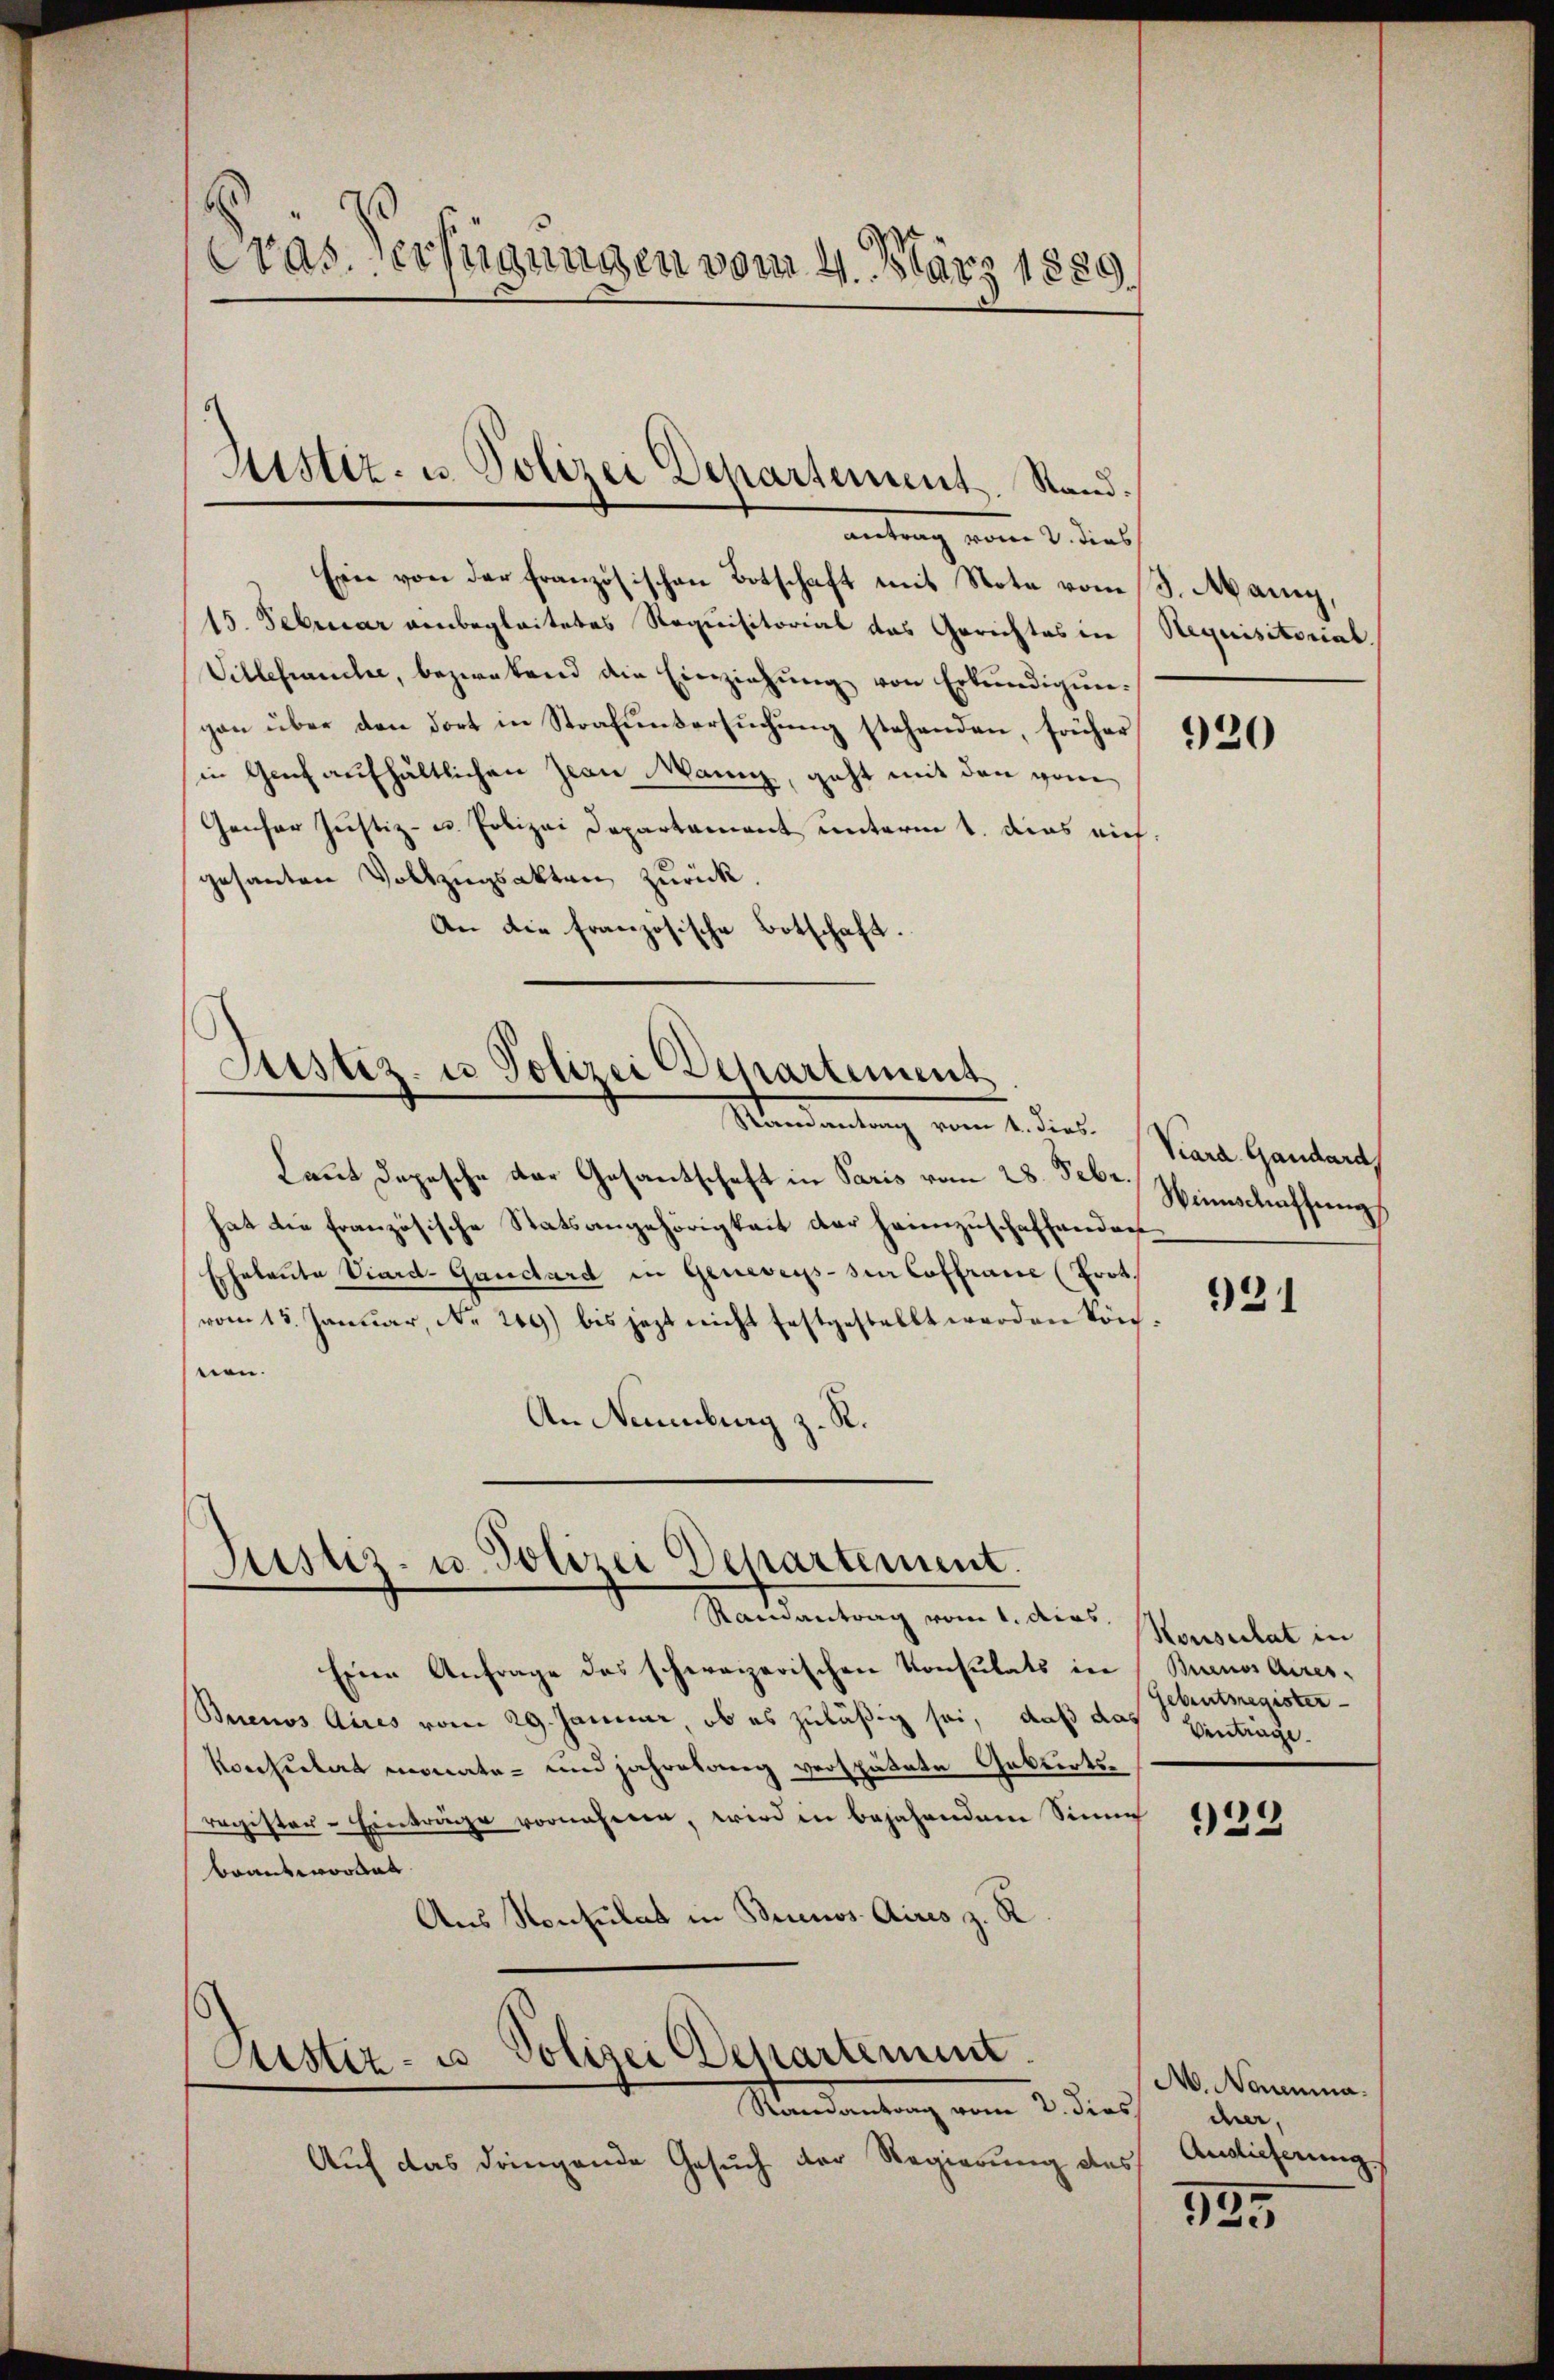
Gras verfügungen vom 4. März 1889

Sistiz- u. Polizei Departement. Stand.

antrag vom 2. dies
Ein von der Französischen Botschaft mit Note vom 13. Mani,
15. Februar anbegleitetes Requisitorial das Gerichtes in Requisitorial.
Villesandte, bezwekend die Einziehŭng von Erkundigungan über den dort in Strafuntersuchung stehenden, früher 121
in Genf aufhältlichen Zwei Mann, geht mit den von
Genfer Justiz- u. Polizei Departament unterm 1. dies nich
gesanten Vollzugsakten zurück.
An die französische Botschaft.

Justiz- u Polizei Departement
Mandantung von 2. diese Staat Gandrath

Laut Depesche der Gesantschaft in Paris vom 28. Febr.
hat die französische Statsangehörigkeit der heimzuschaffenden
Eheleute Viard-Gaudard in Geneveusser Coffrane (Prot.
vom 15. Januar, No. 209) bis jezt nicht festgestellt werden kön.
nen.
An Naumburg z. R.

Justiz- u. Polizei Departement.
Samantrag vom 1. dies.

Astiz- u. Polizei Departement
Randantrag vom 2. dies

Eine Anfrage des schweizerischen Konsulats in Buenos Aires,
Buenos Aires vom 29. Januar, ob es zuläßig sei, daß das Einträge.
Konsulars monate und jahrelang verspätete Geburtsregister-Einträge vornehmen, wird in bejahendem Sinne
brantwortun
Aus Konsulat in Brunos Aires z. R.

Auf das dringende Gesuch der Regierung des

Weinschaffung

931

Konsultat in
gebentregister

939

M. Naumma.
cher,
Auslieferung

125